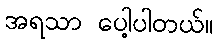
အရသာ ပေါ့ပါတယ်။